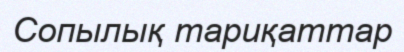
Сопылық тариқаттар